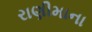
રાણીમાના